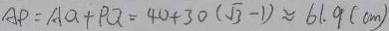
A P = A Q + P Q = 4 0 + 3 0 ( \sqrt { 3 } - 1 ) \approx 6 1 . 9 ( c m )